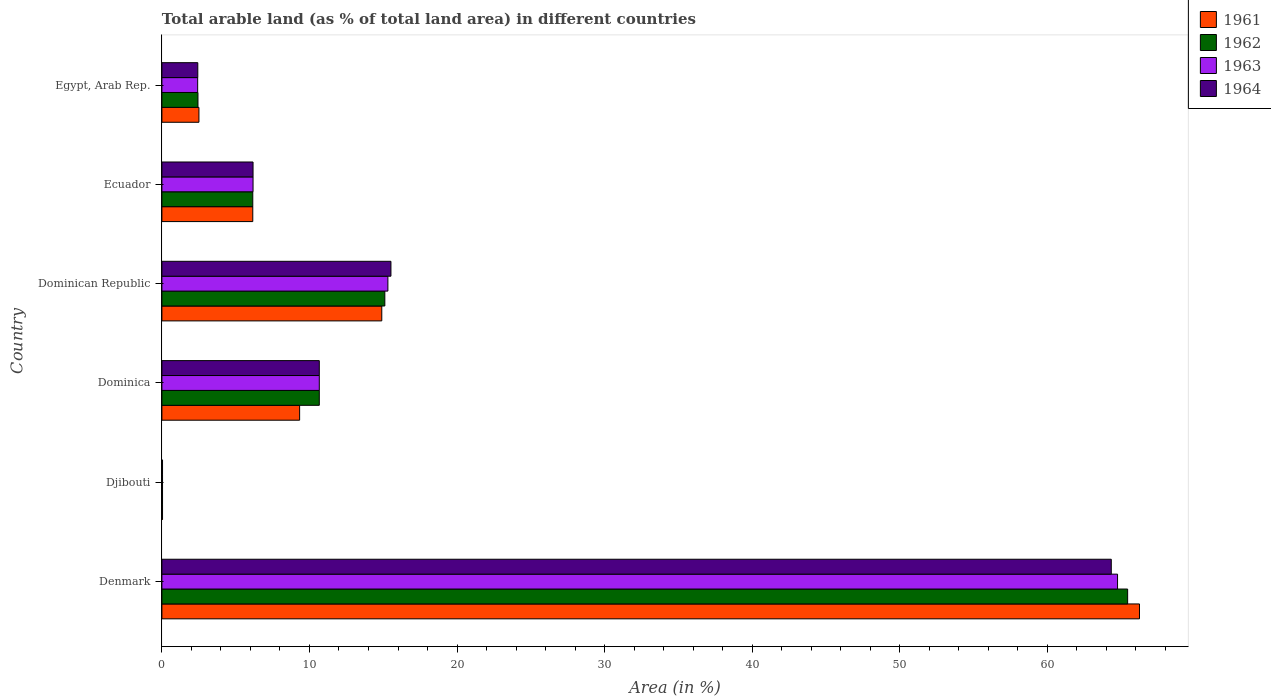
| Country | 1961 | 1962 | 1963 | 1964 |
 | --- | --- | --- | --- | --- |
 | Denmark | 66.2 | 65.4 | 64.8 | 64.3 |
 | Djibouti | 0.0431 | 0.0431 | 0.0431 | 0.0431 |
 | Dominica | 9.33 | 10.7 | 10.7 | 10.7 |
 | Dominican Republic | 14.9 | 15.1 | 15.3 | 15.5 |
 | Ecuador | 6.16 | 6.16 | 6.18 | 6.18 |
 | Egypt, Arab Rep. | 2.51 | 2.44 | 2.42 | 2.43 |